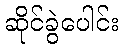
ဆိုင်ခွဲပေါင်း